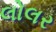
લોલર